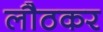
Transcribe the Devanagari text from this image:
लौठकर